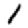
Digit: 1